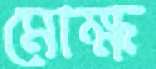
মোক্ষ